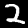
Digit: 2